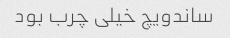
ساندویچ خیلی چرب بود